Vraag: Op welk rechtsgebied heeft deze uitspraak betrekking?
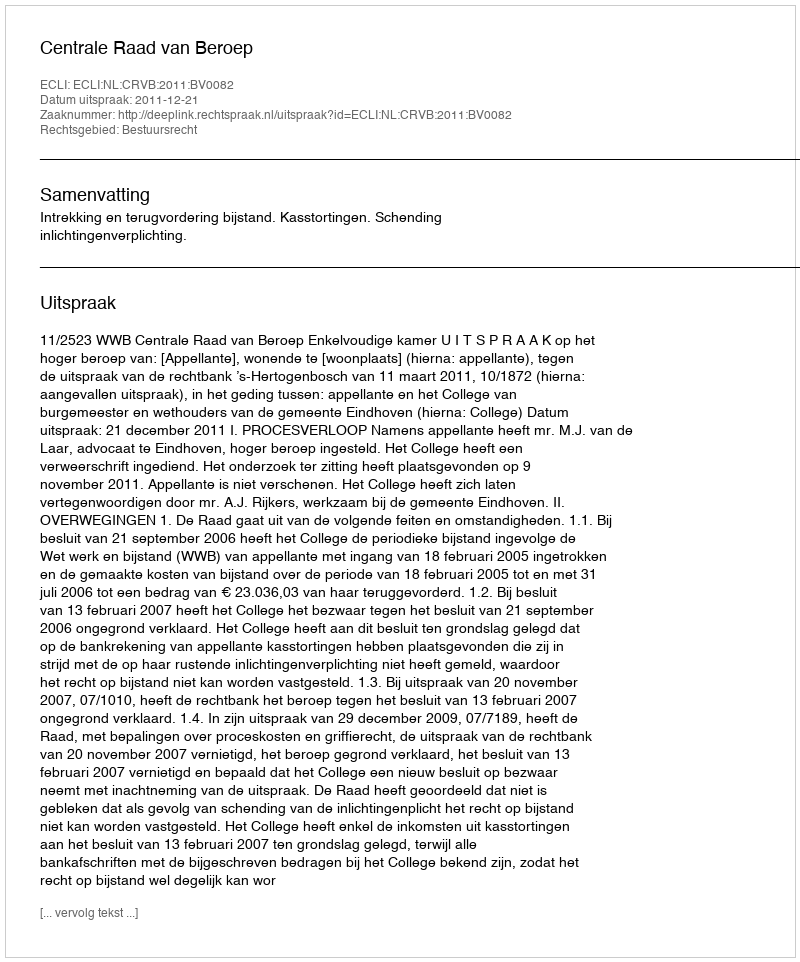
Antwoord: Bestuursrecht